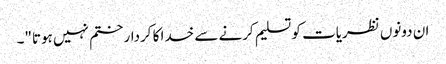
ان دونوں نظریات کو تسلیم کرنے سے خدا کا کردار ختم نہیں ہوتا"۔